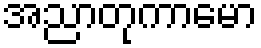
အညာတုကာမော